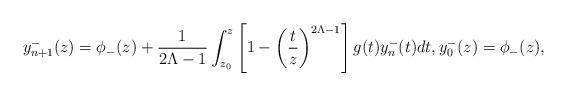
LaTeX: \begin{align*}y^-_{n+1}(z)=\phi_-(z)+{1\over 2\Lambda-1}\int_{z_0}^z\left[1-\left({t\over z}\right)^{2\Lambda-1}\right]g(t)y^-_n(t)dt, y^-_0(z)=\phi_-(z),\end{align*}